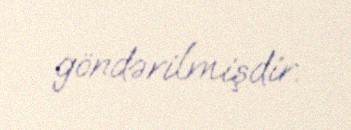
göndərilmişdir.